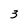
Character: 3